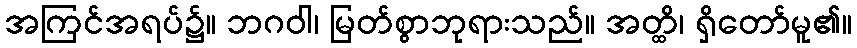
အကြင်အရပ်၌။ ဘဂဝါ၊ မြတ်စွာဘုရားသည်။ အတ္ထိ၊ ရှိတော်မူ၏။